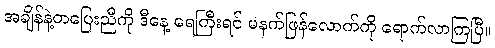
အချိန်နဲ့တပြေးညီကို ဒီနေ့ ရေကြီးရင် မနက်ဖြန်လောက်ကို ရောက်လာကြပြီ။